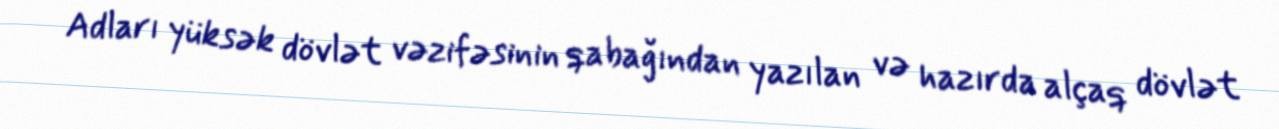
Adları yüksək dövlət vəzifəsinin qabağından yazılan və hazırda alçaq dövlət